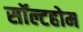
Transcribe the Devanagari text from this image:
सॉल्टहोम